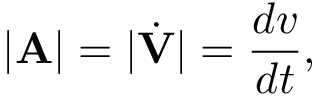
| \mathbf { A } | = | { \dot { \mathbf { V } } } | = { \frac { d v } { d t } } ,